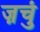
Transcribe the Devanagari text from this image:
ज़चुं